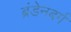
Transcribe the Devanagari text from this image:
ब्रंडेनबर्ग